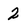
Character: 2